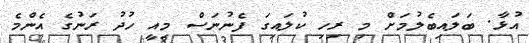
އުޅާ. ބަލައިބެލުމަށް މި ރިހި ކުލައިގަ ފެނުނަސް މިއީ ހުދު ރަނުގެ އެންމެ